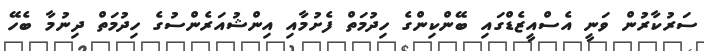
ސަރުކާރުން ވަނީ އެސްއީޒެޑްގައި ބޭންކިންގެ ހިދުމަތް ފެށުމާއި އިންޝުއަރެންސުގެ ހިދުމަތް ދިނުމާ ބެހޭ